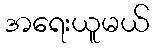
အရေးယူမယ်